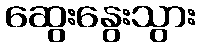
ဆွေးနွေးသွား